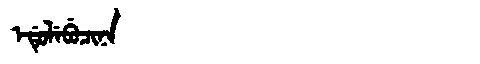
Manchu: ᡝᡩᡠᠯᡝᠪᡠᠴᡳᠨᠠ
Romanization: EDULEBUCINA